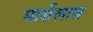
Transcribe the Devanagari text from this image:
मार्सेलास